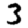
Digit: 3